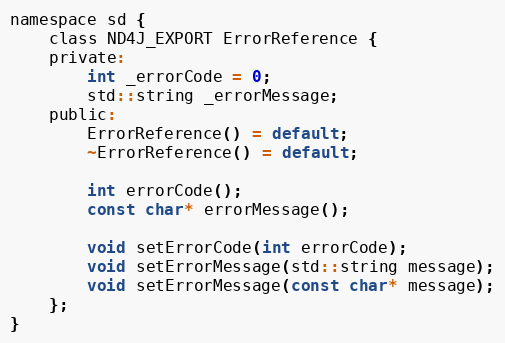
Language: C
namespace sd {
    class ND4J_EXPORT ErrorReference {
    private:
        int _errorCode = 0;
        std::string _errorMessage;
    public:
        ErrorReference() = default;
        ~ErrorReference() = default;

        int errorCode();
        const char* errorMessage();

        void setErrorCode(int errorCode);
        void setErrorMessage(std::string message);
        void setErrorMessage(const char* message);
    };
}